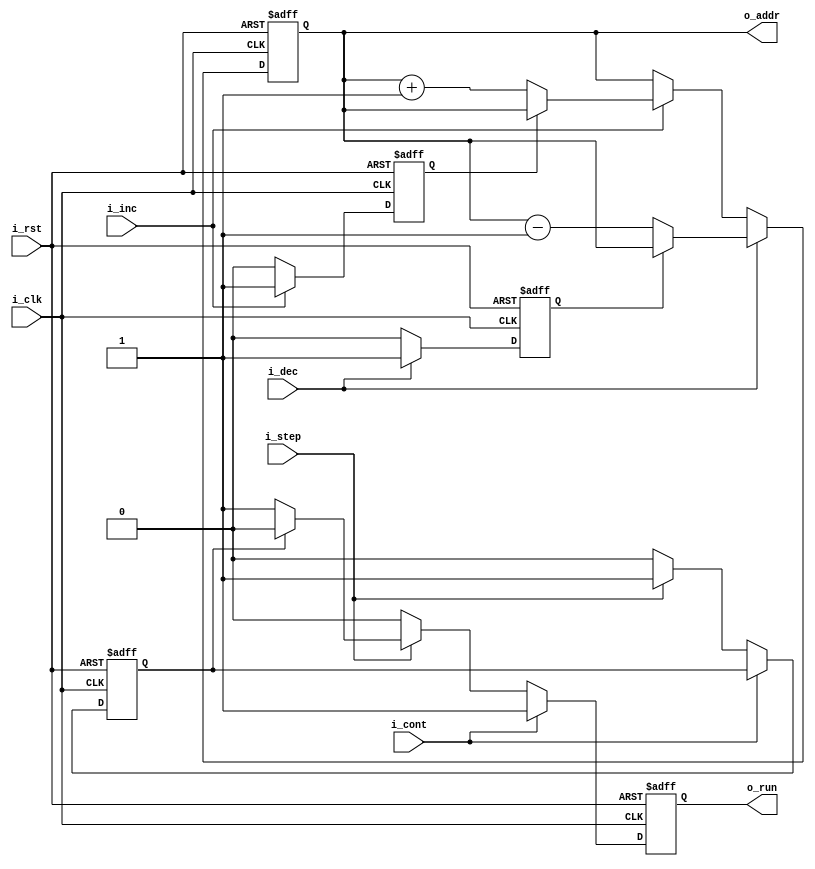
`timescale 1ns / 1ps

/* DDU - Debug and Display Unit */

module ddu(
    input               i_clk,
    input               i_rst,
    input               i_cont,                 // cont = 1 => run = 1; cont = 0 => run = 0
    input               i_step,                 // for one clock cycle, run = 1
    input               i_inc,                  // increase reading address
    input               i_dec,                  // decrease reading address

    output  reg         o_run,
    output  reg [7:0]   o_addr
);
    reg                 r_operated_inc;
    reg                 r_operated_dec;    
    reg                 r_run_enable;      

    /* Set output address based on i_inc and i_dec */
    always @(posedge i_clk or posedge i_rst) begin
        if(i_rst) begin
            /* Reset here */
            o_addr <= 0;
            r_operated_inc <= 0;
            r_operated_dec <= 0;
        end
        else begin
            /* Incrse address only by 1 ! */
            if(i_inc == 1) begin
                if(r_operated_inc == 0) begin
                    o_addr <= o_addr + 1;
                    r_operated_inc <= 1;
                end
                else begin
                    o_addr <= o_addr;
                end
            end
            else begin
                r_operated_inc <= 0;
            end

            if(i_dec == 1) begin
                if(r_operated_dec == 0) begin
                    o_addr <= o_addr - 1;
                    r_operated_dec <= 1;
                end
                else begin
                    o_addr <= o_addr;
                end
            end
            else begin
                r_operated_dec <= 0;
            end
        end
    end

    always @(posedge i_clk or posedge i_rst) begin
        if(i_rst) begin
            r_run_enable <= 0;
            o_run <= 0;
        end
        else if(i_cont == 1) begin
            o_run <= 1;
        end
        else begin
            if(i_step == 1) begin
                if(r_run_enable == 0) begin
                    /* Start a pluse of run here */
                    o_run <= 1;
                    r_run_enable <= 1;
                end
                else begin
                    /* Pluse ends here - don't change run_enable cause already run */
                    o_run <= 0;
                end
            end
            else begin
                o_run <= 0;
                r_run_enable <= 0;
            end
        end
    end
endmodule